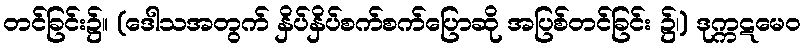
တင်ခြင်း၌။ (ဒေါသအတွက် နှိပ်နှိပ်စက်စက်ပြောဆို အပြစ်တင်ခြင်း ၌၊) ဒုက္ကဋမေဝ